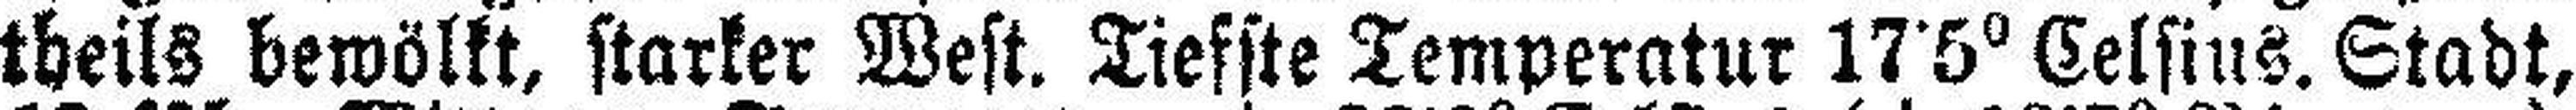
theils bewölkt, starker West. Tiefste Temperatur 17•5° Celsius. Stadt,